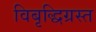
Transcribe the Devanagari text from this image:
विबृद्धिग्रस्त